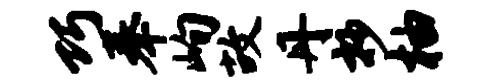
巧奉峋故丹抄柚